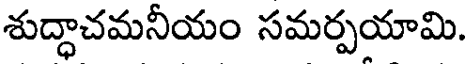
శుద్ధాచమనీయం సమర్పయామి.